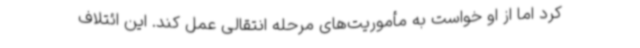
کرد اما از او خواست به مأموریت‌های مرحله انتقالی عمل کند. این ائتلاف